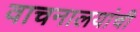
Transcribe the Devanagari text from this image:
वाचनालयांची